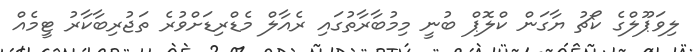
ލިވަޕޫލްގެ ކޯޗު ޔާގަން ކްލޮޕް ބުނީ މިމުބާރާތުގައި ރެއާލް މެޑްރިޑަށްވުރެ ތަޖުރިބާކާރު ޓީމެއް